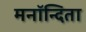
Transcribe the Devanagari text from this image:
मनॉन्दिता